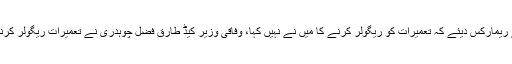
چیف جسٹس نے ریمارکس دیئے کہ تعمیرات کو ریگولر کرنے کا میں نے نہیں کہا، وفاقی وزیر کیڈ طارق فضل چوہدری نے تعمیرات ریگولر کرنے کا فیصلہ کیا۔